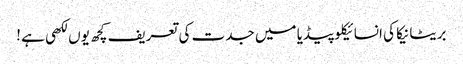
بریٹانیکا کی انسائیکلو پیڈیا میں جدت کی تعریف کچھ یوں لکھی ہے !